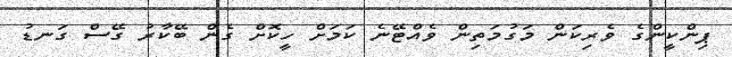
ޕިންކީންގެ ވެރިކަން މަގުމަތިން ވެއްޓޭނެ ކަމަށް ހީކޮށް ގެން ބޭކާރު ގޭސް ގަނޑު